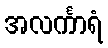
အလင်္ကာရံ